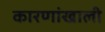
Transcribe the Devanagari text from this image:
कारणांखाली